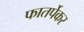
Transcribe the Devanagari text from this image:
फातर्पेकर